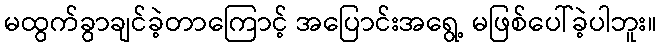
မထွက်ခွာချင်ခဲ့တာကြောင့် အပြောင်းအရွေ့ မဖြစ်ပေါ်ခဲ့ပါဘူး။